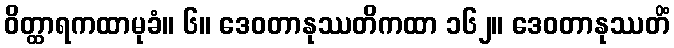
ဝိတ္ထာရကထာမုခံ။ ၆။ ဒေဝတာနုဿတိကထာ ၁၆၂။ ဒေဝတာနုဿတိံ